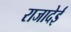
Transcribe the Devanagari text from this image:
राजादेई